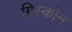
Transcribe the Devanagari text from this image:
ग्रिस्कोम